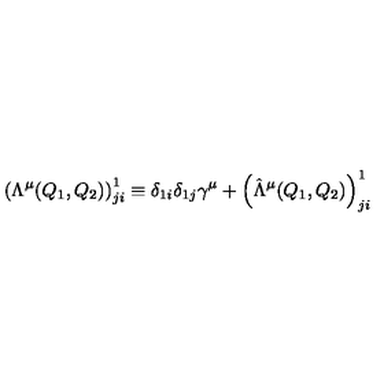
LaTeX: \left( \Lambda ^ { \mu } ( Q _ { 1 } , Q _ { 2 } ) \right) _ { j i } ^ { 1 } \equiv \delta _ { 1 i } \delta _ { 1 j } \gamma ^ { \mu } + \left( \hat { \Lambda } ^ { \mu } ( Q _ { 1 } , Q _ { 2 } ) \right) _ { j i } ^ { 1 }